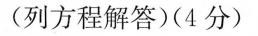
(列方程解答)(4分)